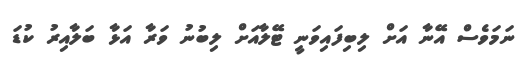
ނަމަވެސް އޭނާ އަށް ލިބިފައިވަނީ ޓޭލާއަށް ލިބުނު ވަރާ އަޅާ ބަލާއިރު ކުޑަ